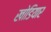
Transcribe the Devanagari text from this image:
खोडियार